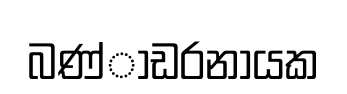
බණ්ාඩරනායක